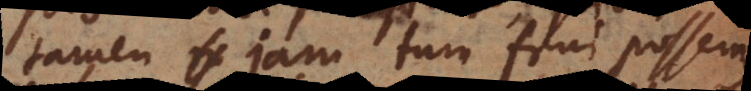
tamen jam tum frui possemus